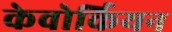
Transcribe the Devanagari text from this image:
केवोर्कियन